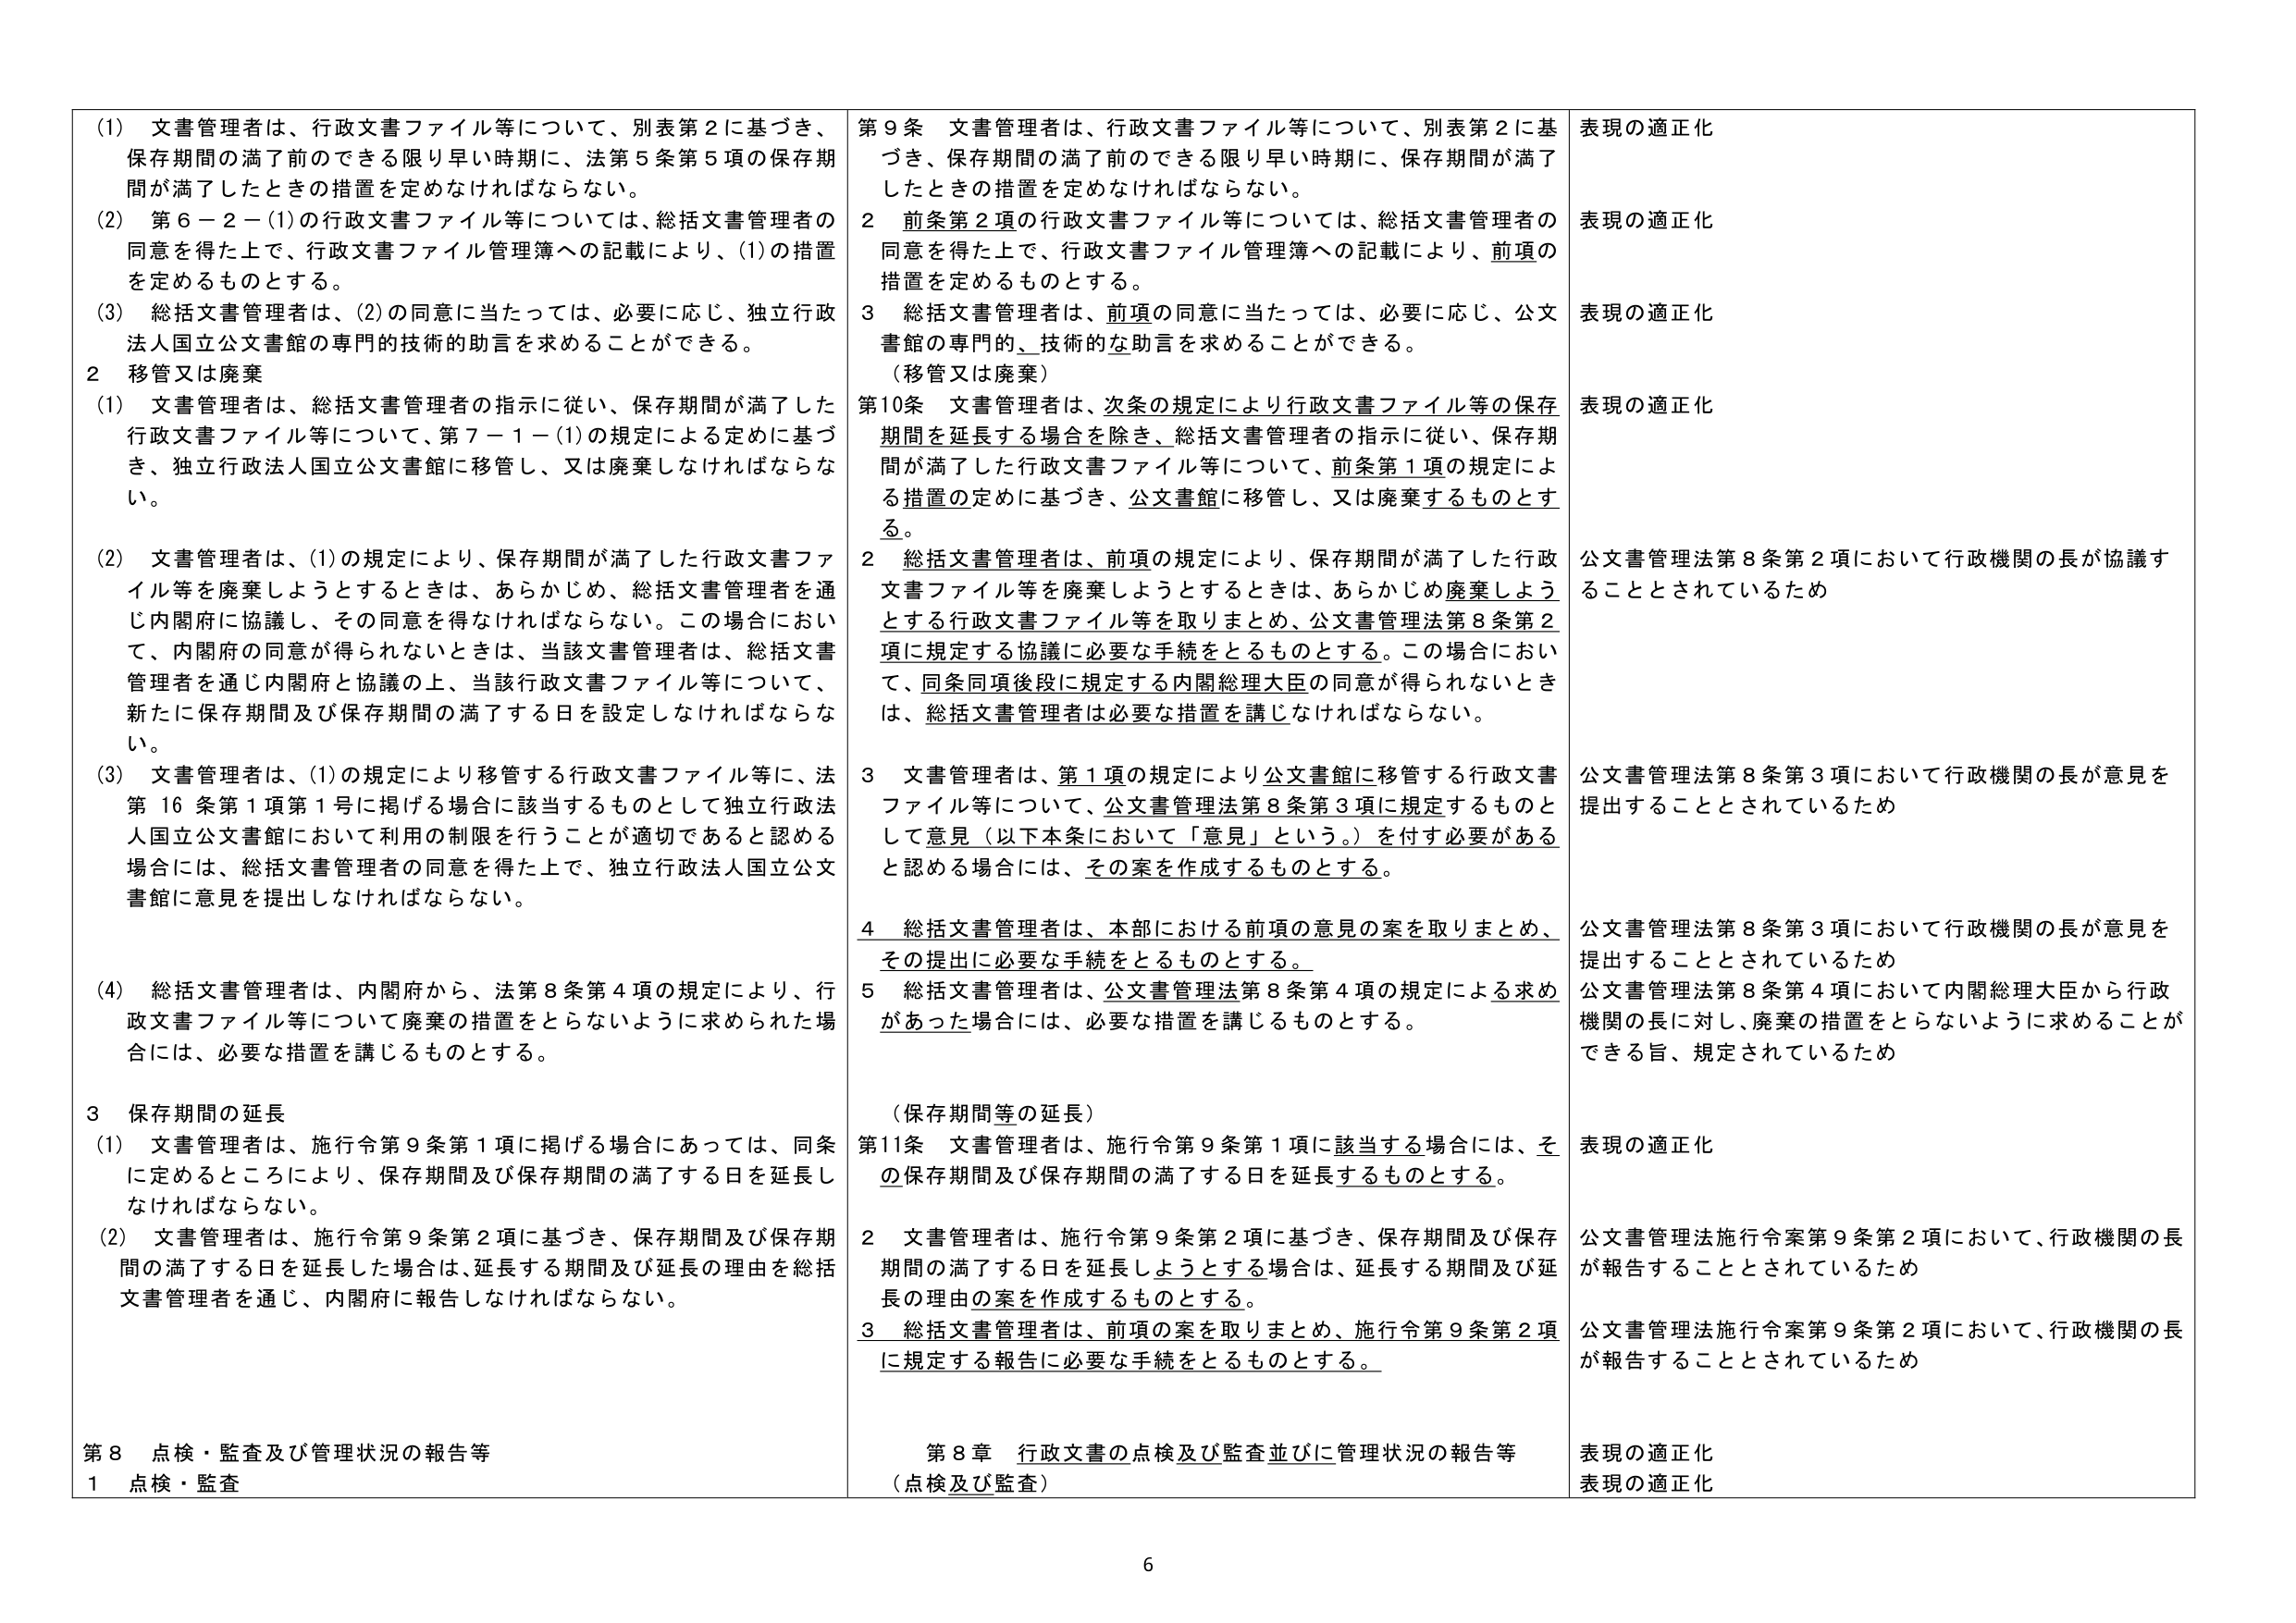
(1) 文書管理者は、行政文書ファイル等について、別表第2に基づき、保存期間の満了前のでできる限り早い時期に、法第5条第5項の保存期間が満了したときの措置を定めなければならない。
(2) 第6－2－(1)の行政文書ファイル等については、総括文書管理者の同意を得た上で、行政文書ファイル管理簿への記載により、(1)の措置を定めるものとする。
(3) 総括文書管理者は、(2)の同意に当たっては、必要に応じ、独立行政法人国立公文書館の専門的技術的助言を求めることができる。
2 移管又は廃棄
(1) 文書管理者は、総括文書管理者の指示に従い、保存期間が満了した行政文書ファイル等について、第7－1－(1)の規定による定めに基づき、独立行政法人国立公文書館に移管し、又は廃棄しなければならない。
(2) 文書管理者は、(1)の規定により、保存期間が満了した行政文書ファイル等を廃棄しようとするときは、あらかじめ、総括文書管理者を通じ内閣府に協議し、その同意を得なければならない。この場合において、内閣府の同意が得られないときは、当該文書管理者は、総括文書管理者を通じ内閣府と協議の上、当該行政文書ファイル等について、新たに保存期間及び保存期間の満了する日を設定しなければならない。
(3) 文書管理者は、(1)の規定により移管する行政文書ファイル等に、法第16条第1項第1号に掲げる場合に該当するものとして独立行政法人国立公文書館において利用の制限を行うことが適切であると認める場合には、総括文書管理者の同意を得た上で、独立行政法人国立公文書館に意見を提出しなければならない。
(4) 総括文書管理者は、内閣府から、法第8条第4項の規定により、行政文書ファイル等について廃棄の措置をとらないように求められた場合には、必要な措置を講じるものとする。
3 保存期間の延長
(1) 文書管理者は、施行令第9条第1項に掲げる場合にあっては、同条に定めるところにより、保存期間及び保存期間の満了する日を延長しなければならない。
(2) 文書管理者は、施行令第9条第2項に基づき、保存期間及び保存期間の満了する日を延長した場合は、延長する期間及び延長の理由を総括文書管理者を通じ、内閣府に報告しなければならない。
第8 点検・監査及び管理状況の報告等
1 点検・監査

第9条 文書管理者は、行政文書ファイル等について、別表第2に基づき、保存期間の満了前のでできる限り早い時期に、保存期間が満了したときの措置を定めなければならない。
2 前条第2項の行政文書ファイル等については、総括文書管理者の同意を得た上で、行政文書ファイル管理簿への記載により、前項の措置を定めるものとする。
3 総括文書管理者は、前項の同意に当たっては、必要に応じ、公文書館の専門的、技術的な助言を求めることができる。
（移管又は廃棄）
第10条 文書管理者は、次条の規定により行政文書ファイル等の保存期間を延長する場合を除き、総括文書管理者の指示に従い、保存期間が満了した行政文書ファイル等について、前条第1項の規定による措置の定めに基づき、公文書館に移管し、又は廃棄するものとする。
2 総括文書管理者は、前項の規定により、保存期間が満了した行政文書ファイル等を廃棄しようとするときは、あらかじめ廃棄しようとする行政文書ファイル等を取りまとめ、公文書管理法第8条第2項に規定する協議に必要な手続をとるものとする。この場合において、同条同項後段に規定する内閣総理大臣の同意が得られないときは、総括文書管理者は必要な措置を講じなければならない。
3 文書管理者は、第1項の規定により公文書館に移管する行政文書ファイル等について、公文書管理法第8条第3項に規定するものとして意見（以下本条において「意見」という。）を付す必要があると認める場合には、その案を作成するものとする。
4 総括文書管理者は、本部における前項の意見の案を取りまとめ、その提出に必要な手続をとるものとする。
5 総括文書管理者は、公文書管理法第8条第4項の規定による求めがあった場合には、必要な措置を講じるものとする。
（保存期間等の延長）
第11条 文書管理者は、施行令第9条第1項に該当する場合には、その保存期間及び保存期間の満了する日を延長するものとする。
2 文書管理者は、施行令第9条第2項に基づき、保存期間及び保存期間の満了する日を延長しようとする場合は、延長する期間及び延長の理由の案を作成するものとする。
3 総括文書管理者は、前項の案を取りまとめ、施行令第9条第2項に規定する報告に必要な手続をとるものとする。
第8章 行政文書の点検及び監査並びに管理状況の報告等
（点検及び監査）

表現の適正化
表現の適正化
表現の適正化
表現の適正化
公文書管理法第8条第2項において行政機関の長が協議することとされているため
公文書管理法第8条第3項において行政機関の長が意見を提出することとされているため
公文書管理法第8条第3項において行政機関の長が意見を提出することとされているため
公文書管理法第8条第4項において内閣総理大臣から行政機関の長に対し、廃棄の措置をとらないように求めることができる旨、規定されているため
表現の適正化
公文書管理法施行令案第9条第2項において、行政機関の長が報告することとされているため
公文書管理法施行令案第9条第2項において、行政機関の長が報告することとされているため
表現の適正化
表現の適正化

6